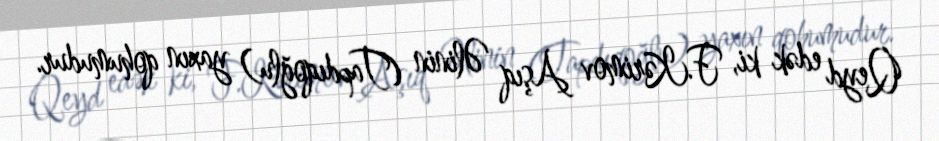
Qeyd edək ki, F.Kərimov Aşıq Əlinin (Tapdıqoğlu) yaxın qohumudur.